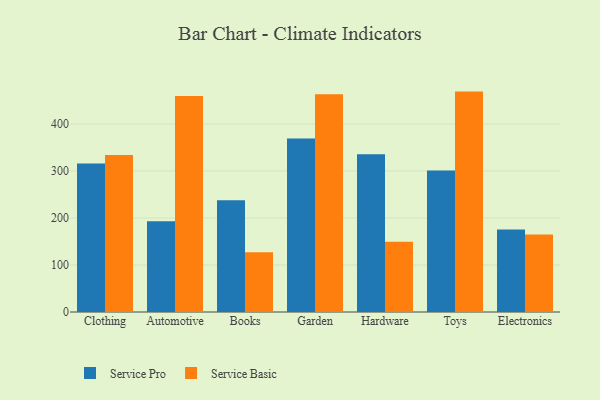
{"axis": {"x": "Category", "y": "Budget (USD K)"}, "legend": ["Service Basic", "Service Pro"], "data": [{"x": "Clothing", "y": 315.7, "type": "Service Pro"}, {"x": "Clothing", "y": 333.8, "type": "Service Basic"}, {"x": "Automotive", "y": 193.0, "type": "Service Pro"}, {"x": "Automotive", "y": 459.7, "type": "Service Basic"}, {"x": "Books", "y": 237.5, "type": "Service Pro"}, {"x": "Books", "y": 127.1, "type": "Service Basic"}, {"x": "Garden", "y": 368.9, "type": "Service Pro"}, {"x": "Garden", "y": 463.3, "type": "Service Basic"}, {"x": "Hardware", "y": 335.5, "type": "Service Pro"}, {"x": "Hardware", "y": 149.3, "type": "Service Basic"}, {"x": "Toys", "y": 301.1, "type": "Service Pro"}, {"x": "Toys", "y": 468.8, "type": "Service Basic"}, {"x": "Electronics", "y": 175.7, "type": "Service Pro"}, {"x": "Electronics", "y": 164.7, "type": "Service Basic"}]}